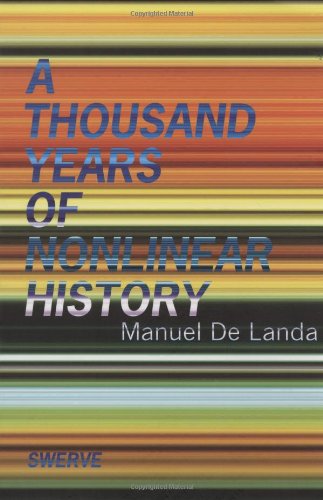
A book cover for A Thousand Years of Nonlinear History; Manuel De Landa; History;